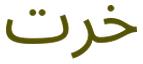
خرت